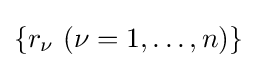
\{r_{\nu }\ (\nu =1,\dots ,n)\}